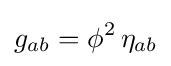
g_{ab}=\phi ^{2}\,\eta _{ab}